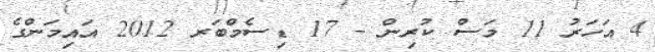
4 އަހަރު 11 މަސް ކުރިން - 17 ޑިސެމްބަރ 2012 އައިމަންގެ